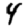
Digit: 4